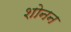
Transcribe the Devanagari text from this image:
शोनन